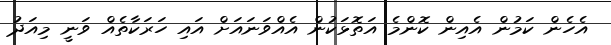
އެހެން ކަމުން އެއިން ކޮންމެ އަތޮޅަކުން އެއްވަނައަށް އައި ހަރަކާތެއް ވަނީ މިއަދު